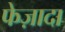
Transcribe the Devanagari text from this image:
फेज़ादा